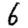
Digit: 6